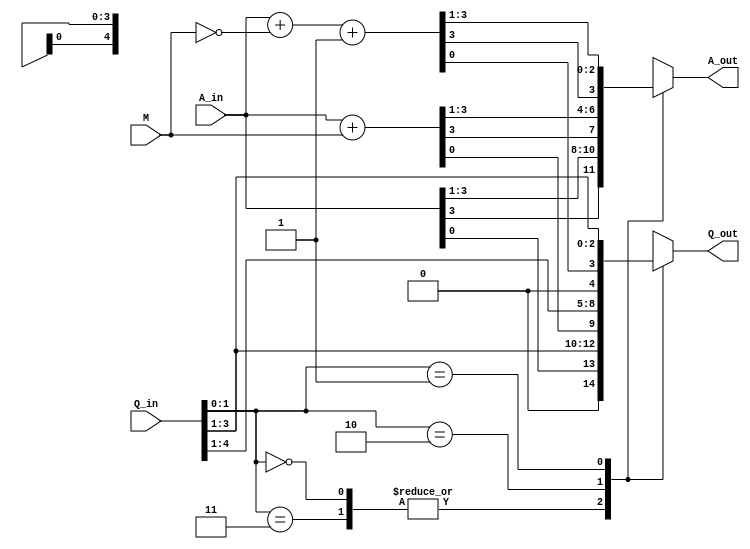
`timescale 1ns / 1ps
//////////////////////////////////////////////////////////////////////////////////
// Company: 
// Engineer: 
// 
// Design Name: 
// Module Name:    booth_multiplier 
// Project Name: 
// Target Devices: 
// Tool versions: 
// Description: 
//
// Dependencies: 
//
// Revision: 
// Revision 0.01 - File Created
// Additional Comments: 
//
//////////////////////////////////////////////////////////////////////////////////
module booth_multipliers(A_in, Q_in, Q_out, A_out, M);  // (-7*6) = -42  then (-M = 0111) and (M = 1000+1 = 1001) 

input [3:0] A_in ; // A_in = 0000 .....This is accumulator
input [3:0] M;  // here (-M = 0111) ....This is multiplicand  and this is also a INPUT SO that's why of M
input [4:0] Q_in ; // Q_in[4:1] = 0110 and Q_in[0] = 0 ......This is Quotient ie; "Multiplier" .....
output [3:0] A_out; 
output [4:0] Q_out ;

reg [3:0] A_out ; // yah solve karne ke lia ha.... baad ma inhe A_out ke equal kar dunga...
reg [4:0] Q_out ; // "    "       "   "  "  "         "  '   "

wire [3:0] A_sum = ( A_in + M ) ;  //  this is for the case when Q_in[1] = 1 and Q_in[0] = 0 , 2's complement of M is used here....
wire [3:0] A_sub = ( A_in + ~M + 1 ) ;  // this is for the case when Q_in[1] = 0 and Q_in[0] = 1,, jaha simply sum use hoga means real value of M should be used ...


always@( A_in,  Q_in, M, A_sum, A_sub)
	
	case(Q_in[1:0])
	
	// simple arithematic right shift will be done
	
	2'b00,2'b11:begin
					
						A_out = {A_in[3], A_in[3:1]};  // This statement simply used for arithematic right shift that 3rd index
																	// in this accumulator will stay in its position and rest will be shifted..
						
						Q_out = {A_in[0], Q_in[3:1]}; // This statement is very useful because this shows that the quotient part 3rd index will contain Ain ka 0th index and Qin ka 0th index is got ignored... 
					end
	// A = A-M in Q_in[1] = 1 and Q_in[0] = 0 so (-M = 0111) entered value			
	
	2'b10 :     begin // Condition of substraction means  2's complement of M will be used here ( A_in = A_in - M ) ........
					
					A_out = {A_sum[3] , A_sum[3:1]}; // A_sum islia naam rakha bcuz simple M ki entered valule se sum karna ha.... 
					Q_out = {A_sum[0], Q_in[4:1]};
					end
	
	// A = A+M here Q_in[1] = 0 and Q_in[0] = 1 means 2's complement of M will be used in this...
	
	2'b01 :     begin // Condition when addition occurs ie; Qin[1] = 0 and Q_in[0] = 1 and addition will occur...
					
					A_out  = {A_sub[3] , A_sub[3:1]};  // A_sub is holding real signed entered value of M ....
					Q_out = {A_sub[0], Q_in[3:1]};
					end
					
				endcase

endmodule